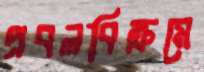
প্রবলবিক্রমে